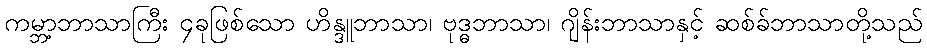
ကမ္ဘာ့ဘာသာကြီး ၄ခုဖြစ်သော ဟိန္ဒူဘာသာ၊ ဗုဒ္ဓဘာသာ၊ ဂျိန်းဘာသာနှင့် ဆစ်ခ်ဘာသာတို့သည်